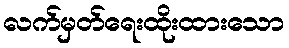
လက်မှတ်ရေးထိုးထားသော